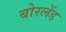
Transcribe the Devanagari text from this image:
बोरलेंड